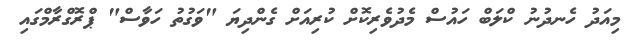
މިއަދު ހެނދުނު ކްލަބް ހައުސް މެދުވެރިކޮށް ކުރިއަށް ގެންދިޔަ "ވަގުތު ހަވާސް" ޕްރޮގްރާމްގައި